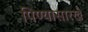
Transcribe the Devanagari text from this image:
पिण्यासारखे